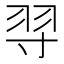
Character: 𦏽